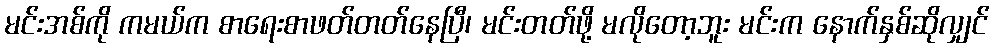
မင်းအစ်ကို ကမယ်က စာရေးစာဖတ်တတ်နေပြီ၊ မင်းတတ်ဖို့ မလိုတော့ဘူး မင်းက နောက်နှစ်ဆိုလျှင်